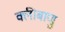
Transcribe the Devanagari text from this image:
क्लीबाणु